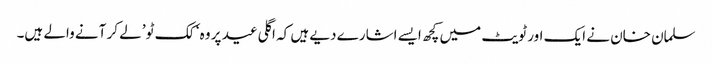
سلمان خان نے ایک اور ٹویٹ میں کچھ ایسے اشارے دیے ہیں کہ اگلی عید پر وہ ‘ کک ٹو’ لے کر آنے والے ہیں۔